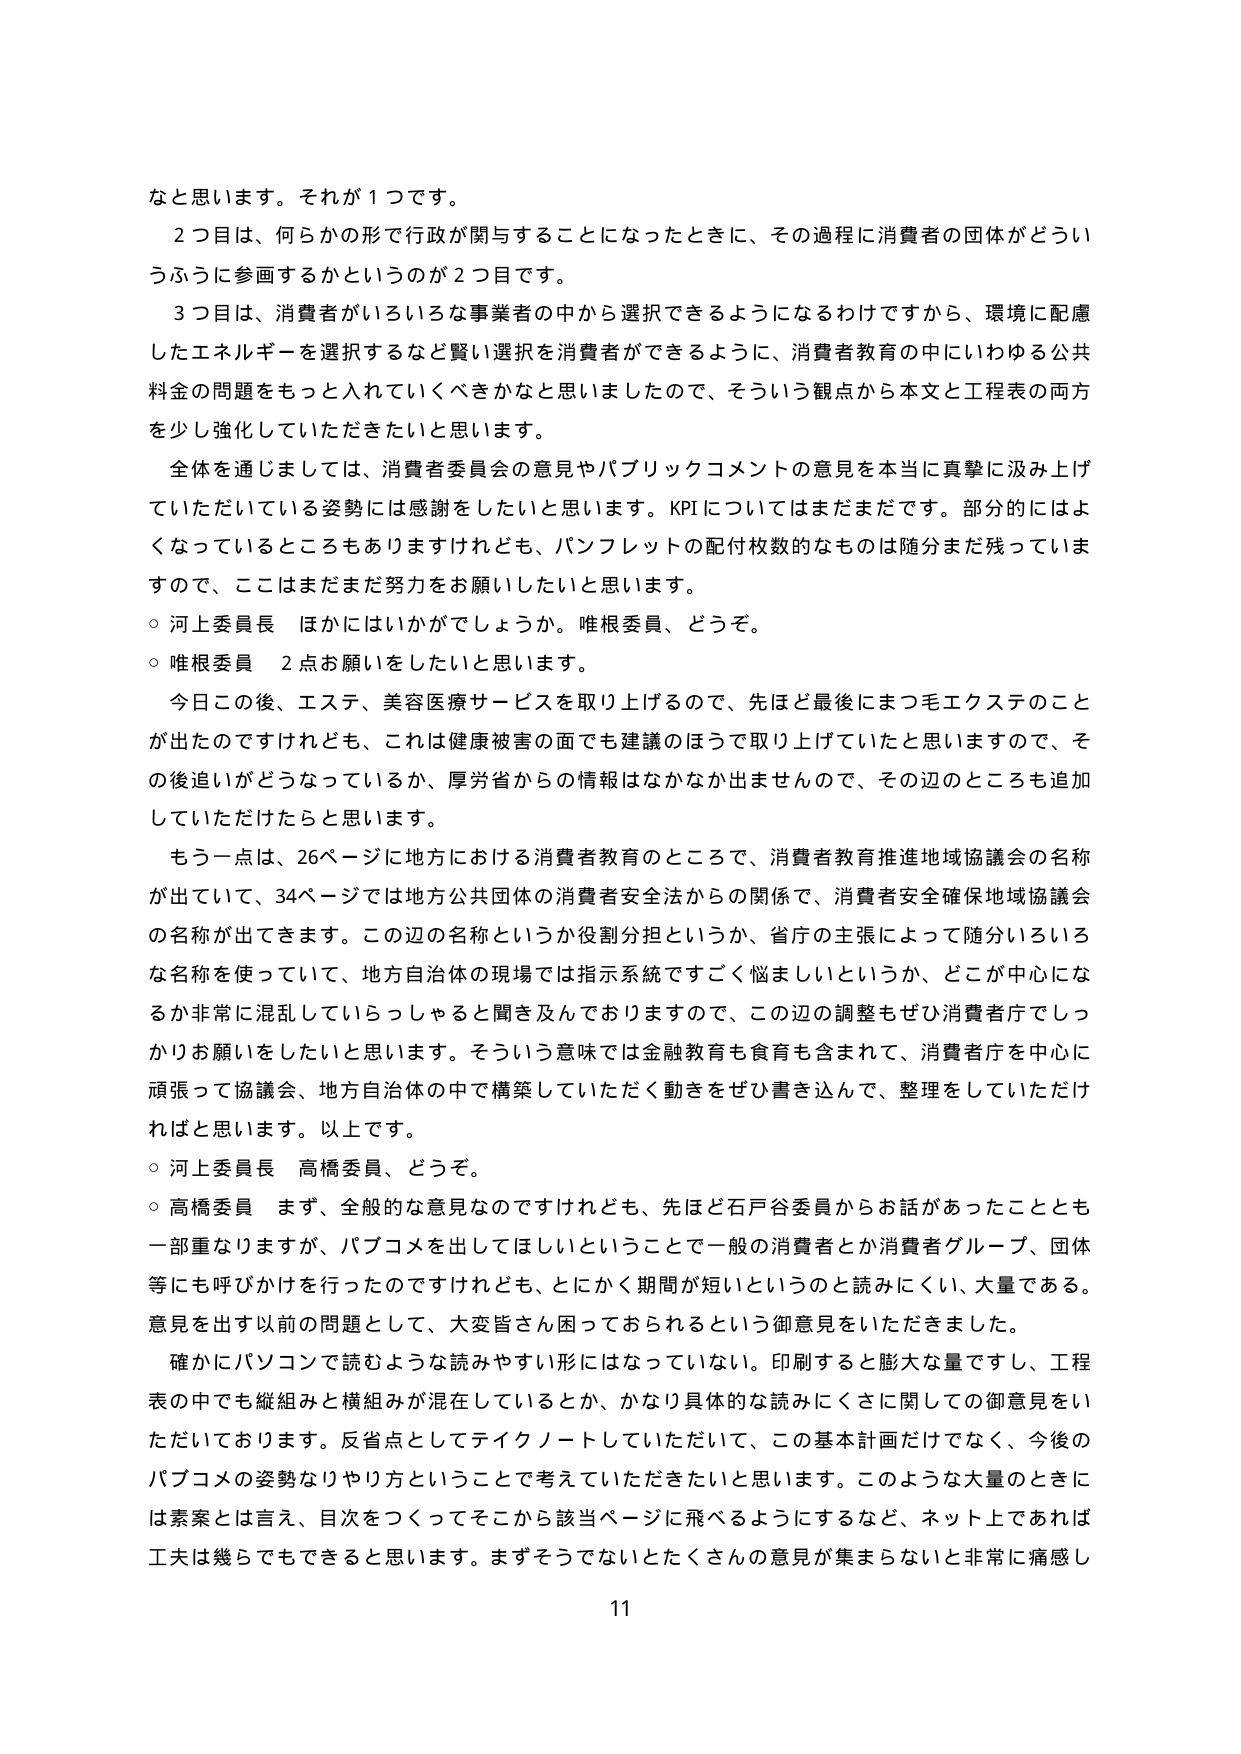
なと思います。それが１つです。
　２つ目は、何らかの形で行政が関与することになったときに、その過程に消費者の団体がどういうふうに参画するかというのが２つ目です。
　３つ目は、消費者がいろいろな事業者の中から選択できるようになるわけですから、環境に配慮したエネルギーを選択するなど賢い選択を消費者ができるように、消費者教育の中にいわゆる公共料金の問題をもっと入れていくべきかなと思いましたので、そういう観点から本文と工程表の両方を少し強化していただきたいと思います。
　全体を通じましては、消費者委員会の意見やパブリックコメントの意見を本当に真摯に汲み上げていただいている姿勢には感謝をしたいと思います。KPIについてはまだまだです。部分的にはよくなっているところもありますけれども、パンフレットの配付枚数的なものは随分まだ残っていますので、ここはまだまだ努力をお願いしたいと思います。
○ 河上委員長　ほかにはいかがでしょうか。唯根委員、どうぞ。
○ 唯根委員　２点お願いをしたいと思います。
　今日この後、エステ、美容医療サービスを取り上げるので、先ほど最後にまつ毛エクステのことが出たのですけれども、これは健康被害の面でも建議のほうで取り上げていたと思いますので、その後追いがどうなっているか、厚労省からの情報はなかなか出ませんので、その辺のところも追加していただけたらと思います。
　もう一点は、26ページに地方における消費者教育のところで、消費者教育推進地域協議会の名称が出ていて、34ページでは地方公共団体の消費者安全法からの関係で、消費者安全確保地域協議会の名称が出てきます。この辺の名称というか役割分担というか、省庁の主張によって随分いろいろな名称を使っていて、地方自治体の現場では指示系統ですごく悩ましいというか、どこが中心になるか非常に混乱していらっしゃると聞き及んでおりますので、この辺の調整もぜひ消費者庁でしっかりお願いをしたいと思います。そういう意味では金融教育も食育も含めて、消費者庁を中心に頑張って協議会、地方自治体の中で構築していただく動きをぜひ書き込んで、整理をしていただければと思います。以上です。
○ 河上委員長　高橋委員、どうぞ。
○ 高橋委員　まず、全般的な意見なのですが、先ほど石戸谷委員からお話があったこととも一部重なりますが、パブコメを出してほしいということで一般の消費者とか消費者グループ、団体等にも呼びかけを行ったのですけれども、とにかく期間が短いというのと読みにくい、大量である。意見を出す以前の問題として、大変皆さん困っておられるという御意見をいただきました。
　確かにパソコンで読むような読みやすい形にはなっていない。印刷すると膨大な量ですし、工程表の中でも縦組みと横組みが混在しているとか、かなり具体的な読みにくさに関しての御意見をいただいております。反省点としてテイクノートしていただいて、この基本計画だけでなく、今後のパブコメの姿勢なりやり方ということで考えていただきたいと思います。このような大量のときには素案とは言え、目次をつくってそこから該当ページに飛べるようにするなど、ネット上であれば工夫は幾らでもできると思います。まずそうでないとたくさんの意見が集まらないと非常に痛感し
11